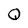
Character: Q